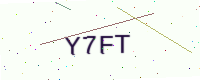
Text: Y7FT